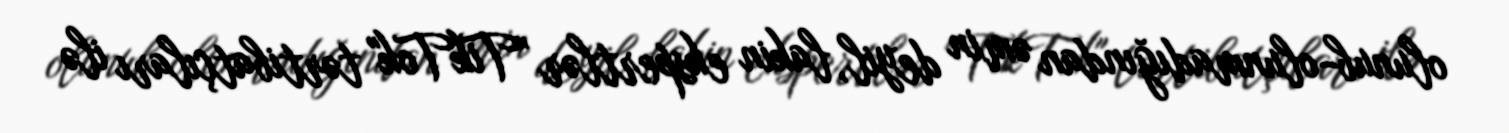
olunub-olunmadığından əmin deyil, lakin ekspertlər "TikTok" tərtibatçıları ilə